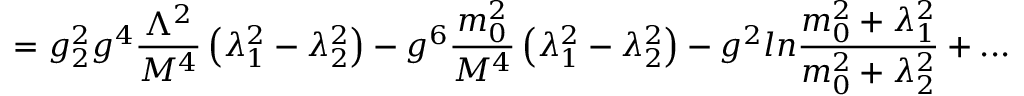
= g _ { 2 } ^ { 2 } g ^ { 4 } { \frac { \Lambda ^ { 2 } } { M ^ { 4 } } } \left( \lambda _ { 1 } ^ { 2 } - \lambda _ { 2 } ^ { 2 } \right) - g ^ { 6 } { \frac { m _ { 0 } ^ { 2 } } { M ^ { 4 } } } \left( \lambda _ { 1 } ^ { 2 } - \lambda _ { 2 } ^ { 2 } \right) - g ^ { 2 } l n { \frac { m _ { 0 } ^ { 2 } + \lambda _ { 1 } ^ { 2 } } { m _ { 0 } ^ { 2 } + \lambda _ { 2 } ^ { 2 } } } + . . .